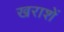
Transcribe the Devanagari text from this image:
खराशें